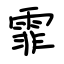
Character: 霏